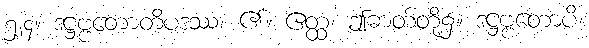
၅၂၄။ ဒဋ္ဌဗ္ဗတောတိပဒဿ၊ ၏။ ဧတ္ထ၊ ဤဓာတ်တို့၌။ ဒဋ္ဌဗ္ဗတောပိ၊